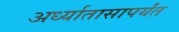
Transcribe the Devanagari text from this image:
अर्ध्यातासापर्यंत